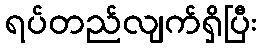
ရပ်တည်လျက်ရှိပြီး